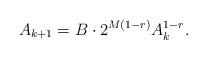
LaTeX: \begin{align*}A_{k+1} = B\cdot 2^{M(1-r)} A_k^{1-r}.\end{align*}